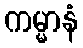
ကမ္မာနံ